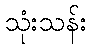
သုံးသန်း